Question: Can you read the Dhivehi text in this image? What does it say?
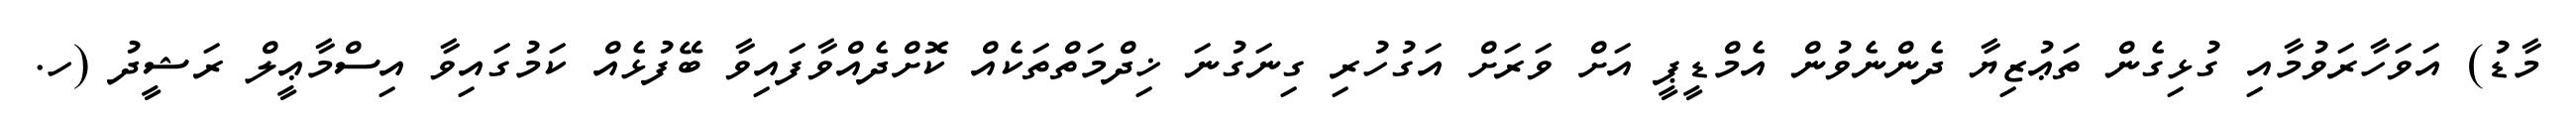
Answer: މާޑު) އަވަހާރަވުމާއި ގުޅިގެން ތަޢުޒިޔާ ދެންނެވުން އެމްޑީޕީ އަށް ވަރަށް އަގުހުރި ގިނަގުނަ ޚިދްމަތްތަކެއް ކޮށްދެއްވާފައިވާ ބޭފުޅެއް ކަމުގައިވާ އިސްމާޢީލް ރަޝީދު (ހ.